Medical and sanitary report on the native army of Bombay for the year
Year: 1879
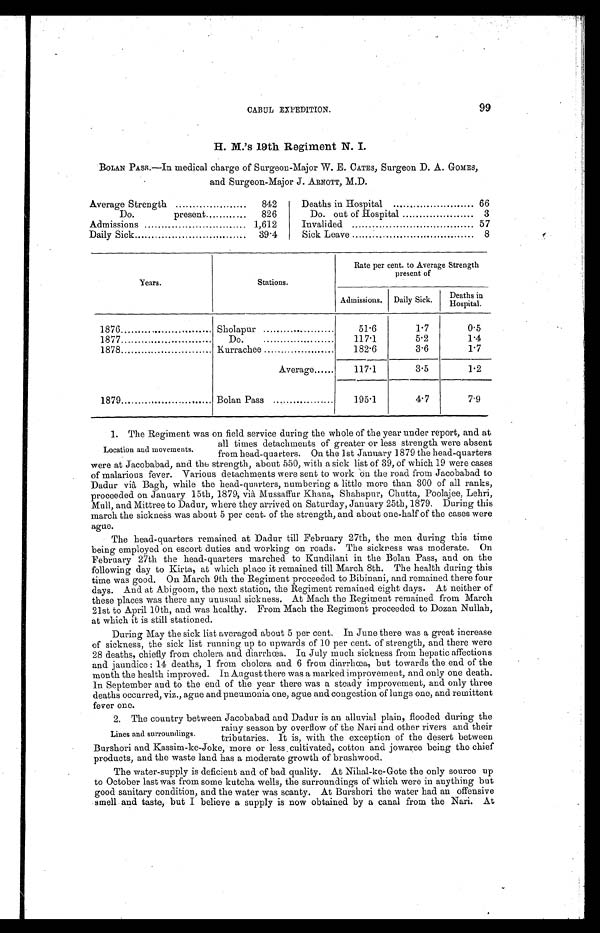
CABUL EXPEDITION.
99
H. M.'s 19th Regiment N. I.
BOLAN PASS.—In medical charge of Surgeon-Major W. E. CATES, Surgeon D. A. GOMES,
and Surgeon-Major J . ARNOTT, M.D.
Average Strength . . .
842
Deaths in Hospital . . .
66
Do. present . . .
826
Do. out of Hospital . . .
3
Admissions . . .
1,612
Invalided . . .
57
Daily Sick . . .
39.4
Sick Leave . . .
8
Years.
Stations.
Rate per cent to Average Strength
present of
Admissions.
Daily Sick.
D e a t h s i n H o s p i t a l .
1876 . . .
Sholapur . . .
51.6
1.7
0.5
1877 . . .
D o . . . .
117.1
5.2
1.4
1878 . . .
Kurrachee . . .
182.6
3.6
1.7
Average . . .
117.1
3.5
1.2
1879 . . .
Bolan Pass . . .
195.1
4.7
7.9
1. The Regiment was on field service during the whole of the year under report, and at
all times detachments of greater or less strength were absent
from head-quarters. On the 1st January 1879 the head-quarters
were at Jacobabad, and the strength, about 550, with a sick list of 39, of which 19 were cases
of malarious fever. Various detachments were sent to work on the road from. Jacobabad to
Dadur viâ Bagh, while the head-quarters, numbering a little more than 300 of all ranks,
proceeded on January 15th, 1879, viâ Mussaffur Shahapur, Chutta, Poolajee, Lehri,
Mull, and Mittree to Dadur, where they arrived on Saturday, January 25th, 1879. During this
march the sickness was about 5 per cent of the strength, and about one-half of the cases were
ague.
The head-quarters remained at Dadur till February 27th, the men during this time
being employed on escort duties and working on roads. The sickness was moderate. On
February 27th the head-quarters marched to Kundilani in the Bolan Pass, and on the
following day to Kirta, at which place it remained till March 8th. The health during this
time was good. On March 9th the Regiment proceeded to Bibinani, and remained there four
days. And at Abigoom, the next station, the Regiment remained eight days. At neither of
these places was there any unusual sickness. At Mach the Regiment remained from March
21st to April 10th, and was healthy. From Mach the Regiment proceeded to Dozan Nullah,
at which it is still stationed.
During May the sick list averaged about 5 per cent. In June there was a great increase
of sickness, the sick list running up to upwards of 10 per cent of strength, and there were
28 deaths, chiefly from cholera and diarrhœa. In July much sickness from hepatic affections
and jaundice : 14 deaths, 1 from cholera and 6 from diarrhœa, but towards the end of the
month the health improved. In August there was a marked improvement, and only one death.
In September and to the end of the year there was a steady improvement, and only three
deaths occurred, viz., ague and pneumonia one, ague and congestion of lungs one, and remittent
fever one.
2. The country between Jacobabad and Dadur is an alluvial plain, flooded during the
rainy season by overflow of the Nari and other rivers and their
tributaries. It is, with the exception of the desert between
Burshori and Kassim-ke-Joke, more or less cultivated, cotton and jowaree being the chief
products, and the waste land has a moderate growth of brushwood.
The water-supply is deficient and of bad quality. At Nilial-ke-Gote the only source up
to October last was from some kutcha wells, the surroundings of which were in anything but
good sanitary condition, and the water was scanty. At Burshori the water had an offensive
smell and taste, but I believe a supply is now obtained by a canal from the Nari. At
Location and movements.
Lines and surroundings.